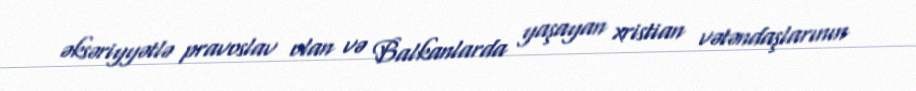
əksəriyyətlə pravoslav olan və Balkanlarda yaşayan xristian vətəndaşlarının